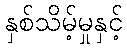
နှစ်သိမ့်မှုနှင့်